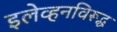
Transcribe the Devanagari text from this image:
इलेव्हनविरूद्ध